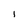
Character: I